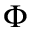
\Phi